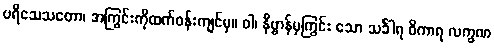
ပရိသေသတော၊ အကြွင်းကိုထက်ဝန်းကျင်မှ။ ဝါ၊ နိဗ္ဗာန်မှကြွင်း သော သင်္ခါရ ဝိကာရ လက္ခဏ